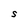
Character: S